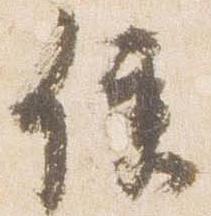
便